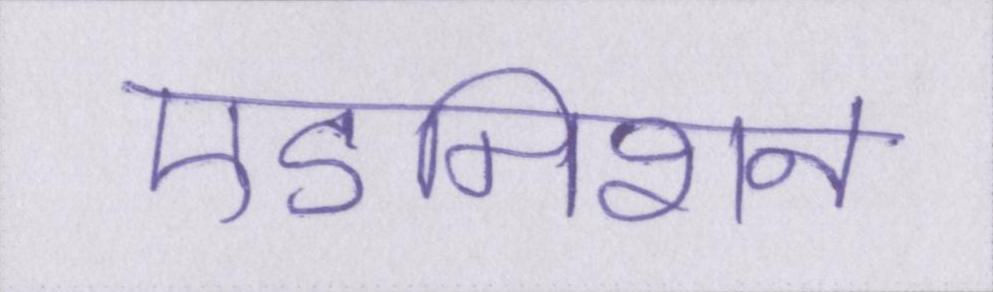
एडमिशन